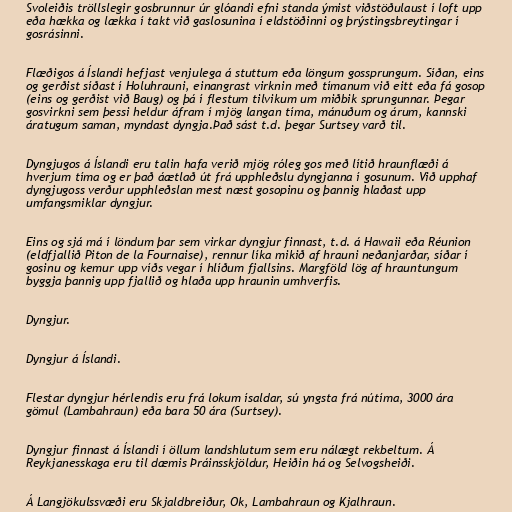
Svoleiðis tröllslegir gosbrunnur úr glóandi efni standa ýmist viðstöðulaust í loft upp
eða hækka og lækka í takt við gaslosunina í eldstöðinni og þrýstingsbreytingar í
gosrásinni.

Flæðigos á Íslandi hefjast venjulega á stuttum eða löngum gossprungum. Síðan, eins
og gerðist síðast í Holuhrauni, einangrast virknin með tímanum við eitt eða fá gosop
(eins og gerðist við Baug) og þá í flestum tilvikum um miðbik sprungunnar. Þegar
gosvirkni sem þessi heldur áfram í mjög langan tíma, mánuðum og árum, kannski
áratugum saman, myndast dyngja.Það sást t.d. þegar Surtsey varð til.

Dyngjugos á Íslandi eru talin hafa verið mjög róleg gos með lítið hraunflæði á
hverjum tíma og er það áætlað út frá upphleðslu dyngjanna í gosunum. Við upphaf
dyngjugoss verður upphleðslan mest næst gosopinu og þannig hlaðast upp
umfangsmiklar dyngjur.

Eins og sjá má í löndum þar sem virkar dyngjur finnast, t.d. á Hawaii eða Réunion
(eldfjallið Piton de la Fournaise), rennur líka mikið af hrauni neðanjarðar, síðar í
gosinu og kemur upp víðs vegar í hlíðum fjallsins. Margföld lög af hrauntungum
byggja þannig upp fjallið og hlaða upp hraunin umhverfis.

Dyngjur.

Dyngjur á Íslandi.

Flestar dyngjur hérlendis eru frá lokum ísaldar, sú yngsta frá nútíma, 3000 ára
gömul (Lambahraun) eða bara 50 ára (Surtsey).

Dyngjur finnast á Íslandi í öllum landshlutum sem eru nálægt rekbeltum. Á
Reykjanesskaga eru til dæmis Þráinsskjöldur, Heiðin há og Selvogsheiði.

Á Langjökulssvæði eru Skjaldbreiður, Ok, Lambahraun og Kjalhraun.